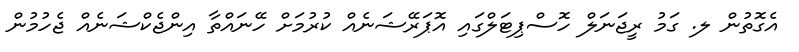
އެގޮތުން ލ. ގަމު ރީޖަނަލް ހޮސްޕިޓަލްގައި އޮޕަރޭޝަނެއް ކުރުމަށް ހޭނައްތާ އިންޖެކްޝަނެއް ޖެހުމުން